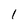
Character: l